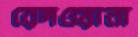
রেদওয়ানা